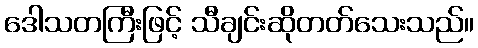
ဒေါသတကြီးဖြင့် သီချင်းဆိုတတ်သေးသည်။